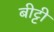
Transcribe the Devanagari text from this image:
बीट्टी